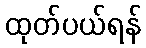
ထုတ်ပယ်ရန်